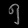
Digit: ၅